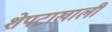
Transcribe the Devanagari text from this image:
शेपटाखाली